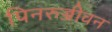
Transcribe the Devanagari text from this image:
पिनरुज्जीवन